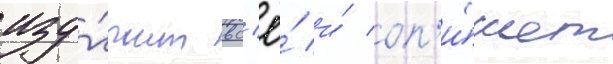
изу́чит вс'ё́ и́ оп'и́шет